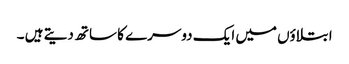
ابتلاؤں میں ایک دوسرے کا ساتھ دیتے ہیں ۔